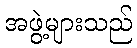
အဖွဲ့များသည်